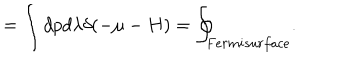
= \int d p d \lambda \delta ( - \mu - H ) = \oint _ { F e r m i s u r f a c e } .